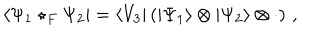
\langle \Psi _ { 1 } \star _ { F } \Psi _ { 2 } | = \langle V _ { 3 } | \left( | \Psi _ { 1 } \rangle \otimes | \Psi _ { 2 } \rangle \otimes \cdot \right) \, ,